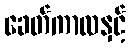
ခေတ်ကာလနှင့်